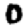
Digit: 0